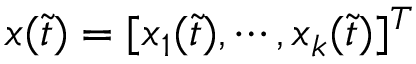
x ( \Tilde { t } ) = [ x _ { 1 } ( \Tilde { t } ) , \cdots , x _ { k } ( \Tilde { t } ) ] ^ { T }